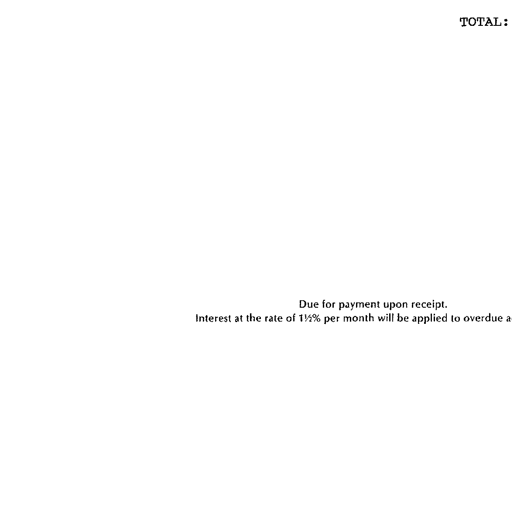
TOTAL:

Due for payment upon receipt.
Interest at the rate of 1½% per month will be applied to overdue a